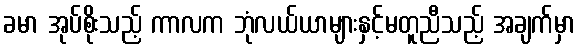
ခမာ အုပ်စိုးသည့် ကာလက ဘုံလယ်ယာများနှင့်မတူညီသည့် အချက်မှာ